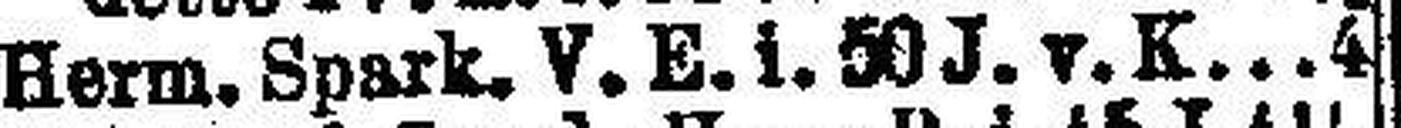
Herrn. Spark, V. E. i. 50 J. v. K. 4